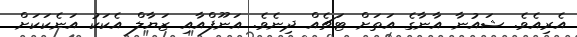
އެރިއެވެ. ޝައުނާ އާނާގެ އަތަށް ޓަޗެއް ދިނެވެ. އަނޫފްއާއި ޒަޔާލް އެކަކު އަނެކަކަށް